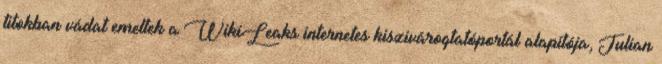
titokban vádat emeltek a WikiLeaks internetes kiszivárogtatóportál alapítója, Julian